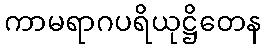
ကာမရာဂပရိယုဋ္ဌိတေန